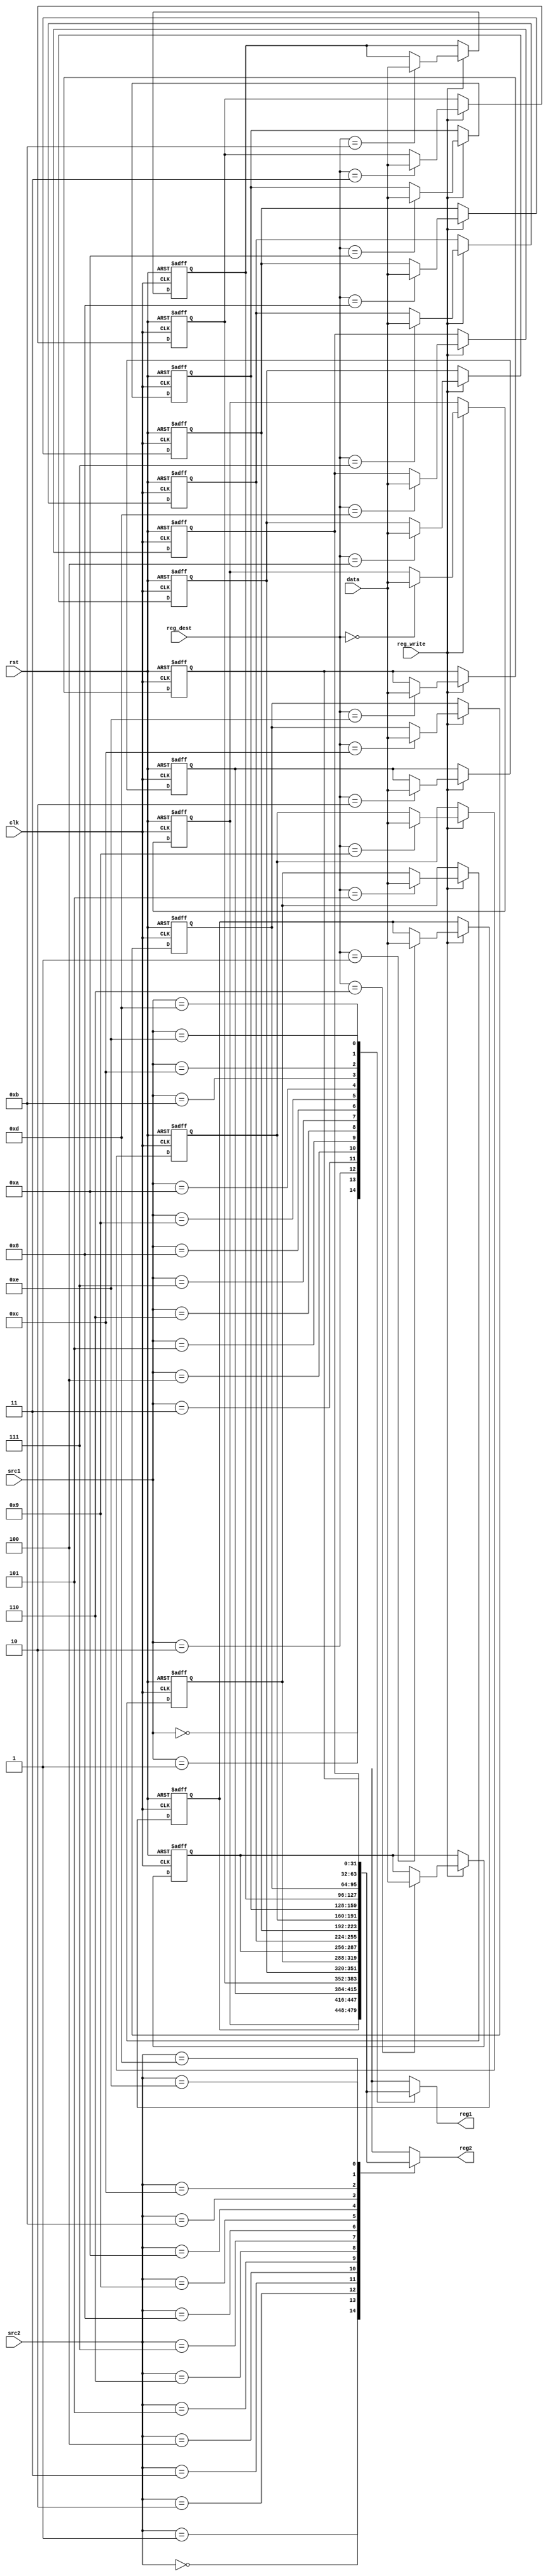
module Register_File(clk, rst, reg_write,src1, src2,reg_dest,data,reg1, reg2);
  input clk, rst;
  input reg_write;
  input [3 : 0] src1, src2;
  input [3 : 0] reg_dest;
  input [31 : 0] data;
  output [31 : 0] reg1, reg2;

  reg [31 : 0] registers [0 : 14];
  
  assign reg1 = registers[src1];
  assign reg2 = registers[src2];
  
  integer i;  

  always @(negedge clk, posedge rst) begin
    if(rst) begin
      for(i = 0; i < 15; i = i + 1)
          registers[i] <= i;
    end
    else begin
      if(reg_write)
          registers[reg_dest] <= data;
    end
  end
  
endmodule